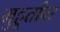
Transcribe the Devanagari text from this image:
मुहूर्तांवर